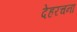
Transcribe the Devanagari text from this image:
देहरचना